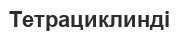
Тетрациклинді